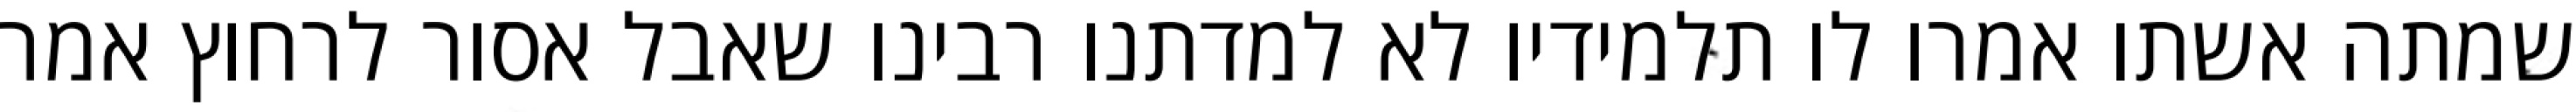
שמתה אשתו אמרו לו תלמידיו לא למדתנו רבינו שאבל אסור לרחוץ אמר